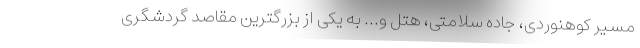
مسیر کوهنوردی، جاده سلامتی، هتل و... به یکی از بزرگترین مقاصد گردشگری